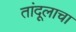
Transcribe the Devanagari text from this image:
तांदूलाचा